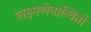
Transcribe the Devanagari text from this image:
लक्ष्मणेनान्वितो